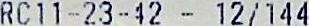
RC11-23-42 - 12/144